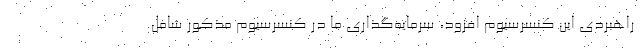
راهبردی این کنسرسیوم افزود، سرمایه‌گذاری ما در کنسرسیوم مذکور شامل